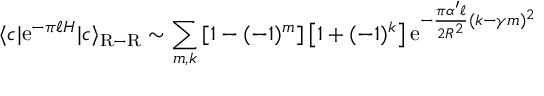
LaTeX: \langle c | \mathrm { e } ^ { - \pi \ell H } | c \rangle _ { \mathrm { R - R } } \sim \sum _ { m , k } \left[ 1 - ( - 1 ) ^ { m } \right] \left[ 1 + ( - 1 ) ^ { k } \right] \mathrm { e } ^ { - { \frac { \pi \alpha ^ { \prime } \ell } { 2 R ^ { 2 } } } ( k - \gamma m ) ^ { 2 } }